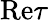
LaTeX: \mathrm{Re}\tau